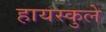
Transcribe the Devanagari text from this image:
हायस्कुले